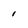
Character: 1